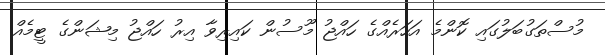
މުސްތަގުބަލުގައި ކޮންމެ އަހަރެއްގެ ހައްޖު މޫސުން ކައިރިވާ އިރު ހައްޖު މިޝަންގެ ޓީމެއް